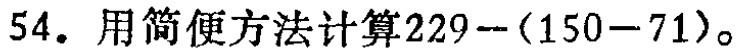
54. 用简便方法计算\(229-(150 - 71)\)。